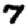
Digit: 7